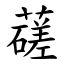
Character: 䕢